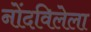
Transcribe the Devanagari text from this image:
नोंदविलेला